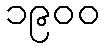
၁၉၀၀